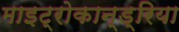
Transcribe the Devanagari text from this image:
माइट्रोकान्ड्रिया